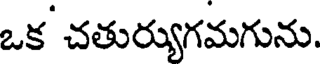
ఒక చతుర్యుగమగును.